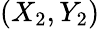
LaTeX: (X_{2},Y_{2})